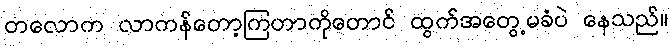
တလောက လာကန်တော့ကြတာကိုတောင် ထွက်အတွေ့မခံပဲ နေသည်။